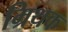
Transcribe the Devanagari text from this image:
म्रिथक